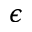
\epsilon